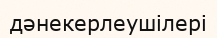
дәнекерлеушілері